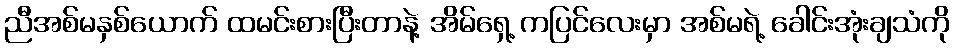
ညီအစ်မနှစ်ယောက် ထမင်းစားပြီးတာနဲ့ အိမ်ရှေ့ ကပြင်လေးမှာ အစ်မရဲ့ ခေါင်းအုံးချသံကို